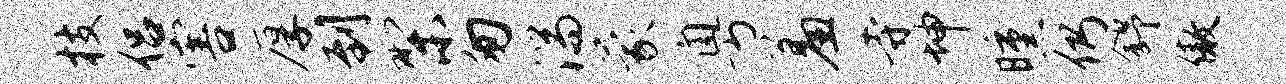
枝侣害厚到梨匆湍蒙粤羞寺坤曛仍舒傲